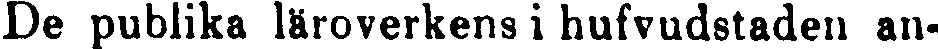
De publika läroverkens i hufvudstaden an-